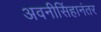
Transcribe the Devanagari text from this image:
अवनीसिंहानंतर